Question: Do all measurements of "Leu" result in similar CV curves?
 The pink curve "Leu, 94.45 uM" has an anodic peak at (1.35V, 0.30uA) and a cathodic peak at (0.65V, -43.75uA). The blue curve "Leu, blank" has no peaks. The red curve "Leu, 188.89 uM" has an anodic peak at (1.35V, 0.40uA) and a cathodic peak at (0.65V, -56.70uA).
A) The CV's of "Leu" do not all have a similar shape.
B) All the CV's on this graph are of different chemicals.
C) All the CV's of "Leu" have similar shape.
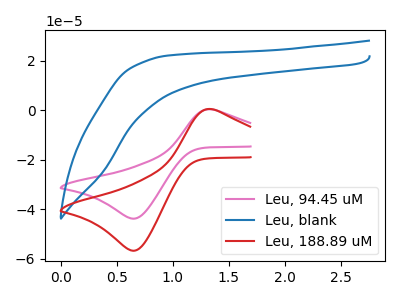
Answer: <think>"Leu, 94.45 uM" and "Leu, blank" have a different number of peaks. All the peaks in "Leu, 94.45 uM" have a peak in "Leu, 188.89 uM" at the same potential. Every peak in "Leu, 94.45 uM" is lower than every peak in "Leu, 188.89 uM". "Leu, blank" and "Leu, 188.89 uM" have a different number of peaks.
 </think>
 <answer>C) All the CV's of "Leu" have similar shape.</answer>
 <eval>C</eval>